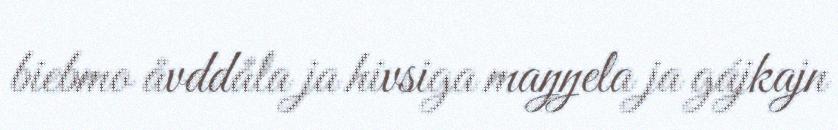
biebmo åvddåla ja hivsiga maŋŋela ja gájkajn